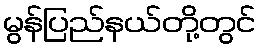
မွန်ပြည်နယ်တို့တွင်